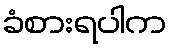
ခံစားရပါက